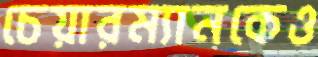
চেয়ারম্যানকেও